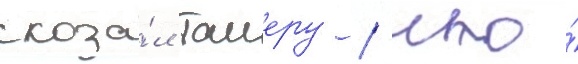
сказа́л таиеру / что́